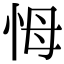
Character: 𢘃